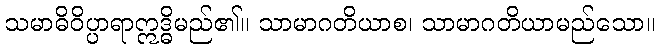
သမာဓိဝိပ္ပာရာဣဒ္ဓိမည်၏။ သာမာဂတိယာစ၊ သာမာဂတိယာမည်သော။